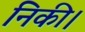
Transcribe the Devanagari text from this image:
निकी।